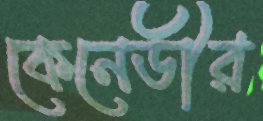
কেনেডীর